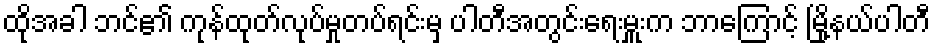
ထိုအခါ ဘင်၏ ကုန်ထုတ်လုပ်မှုတပ်ရင်းမှ ပါတီအတွင်းရေးမှူးက ဘာကြောင့် မြို့နယ်ပါတီ